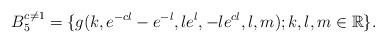
LaTeX: \begin{align*} B_5^{c \neq 1}=\{g(k,e^{-cl}-e^{-l},le^{l},-le^{cl},l,m); k, l, m \in \mathbb R\}. \end{align*}